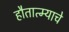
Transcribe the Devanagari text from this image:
हौतात्म्याचे